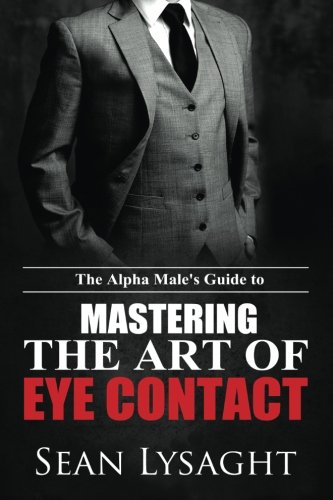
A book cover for The Alpha Male's Guide to Mastering the Art of Eye Contact; Sean Lysaght; Self-Help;